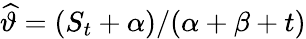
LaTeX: \widehat{\vartheta}=(S_{t}+\alpha)/(\alpha+\beta+t)